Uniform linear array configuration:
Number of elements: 16
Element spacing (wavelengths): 1
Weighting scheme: hamming
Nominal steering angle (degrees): -30
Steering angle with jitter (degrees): -31.728
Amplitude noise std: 0.05
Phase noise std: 0.05

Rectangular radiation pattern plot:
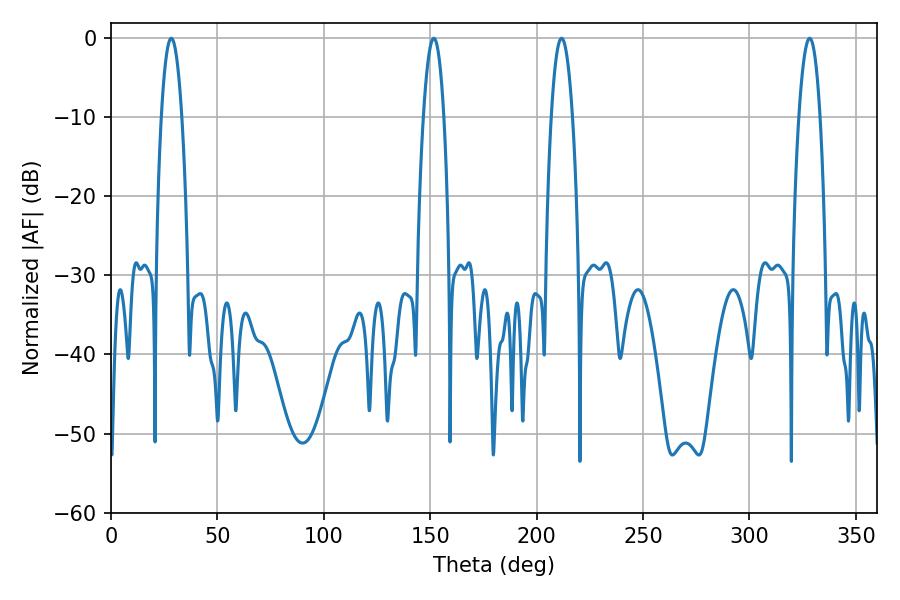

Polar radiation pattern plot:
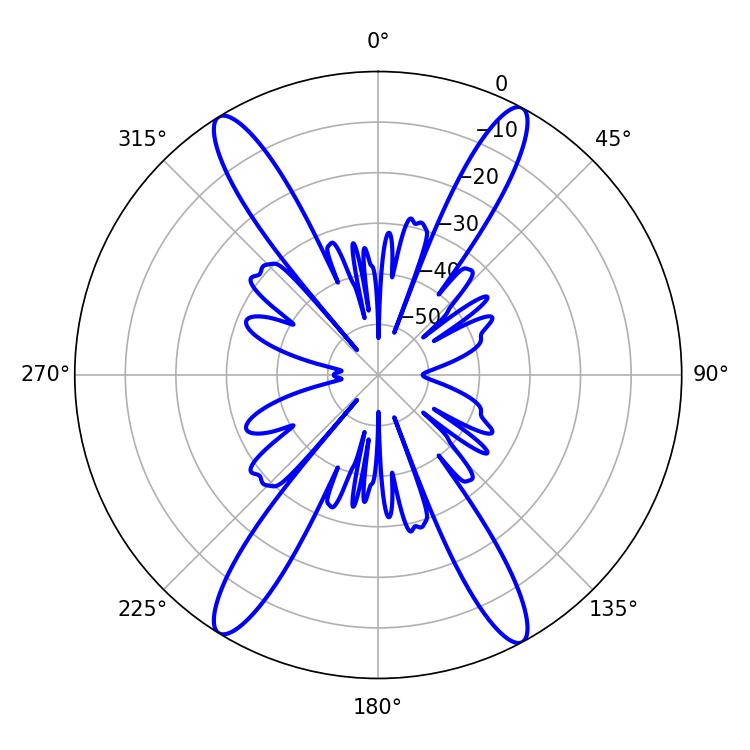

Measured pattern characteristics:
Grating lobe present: TRUE
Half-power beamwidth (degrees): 5.58
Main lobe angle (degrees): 211.68